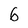
Character: 6